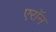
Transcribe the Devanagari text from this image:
एराॅन